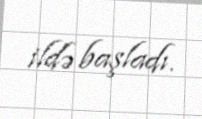
ildə başladı.